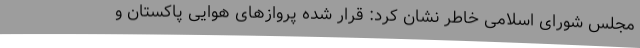
مجلس شورای اسلامی خاطر نشان کرد: قرار شده پروازهای هوایی پاکستان و